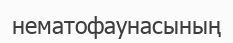
нематофаунасының